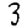
Digit: 3